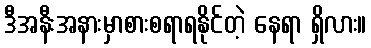
ဒီအနီးအနားမှာစားစရာရနိုင်တဲ့ နေရာ ရှိလား။